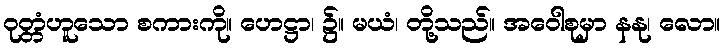
ဝုတ္တံဟူသော စကားကို။ ဟေဋ္ဌာ၊ ၌။ မယံ၊ တို့သည်။ အဝေါစုမှာ နနု၊ လော။